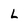
Character: L